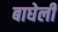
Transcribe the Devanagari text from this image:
बाघेली